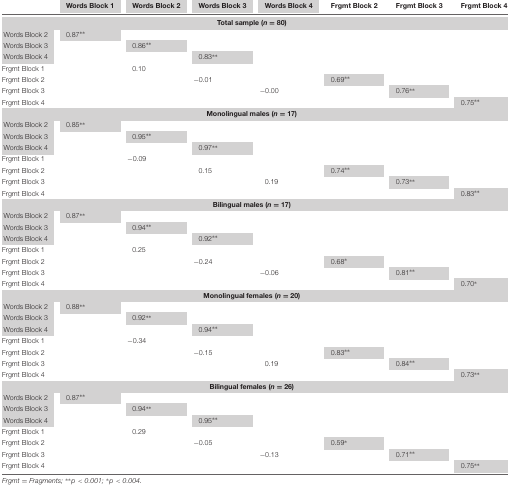
<table><thead><tr><td></td><td><b>Words Block 1</b></td><td><b>Words Block 2</b></td><td><b>Words Block 3</b></td><td><b>Words Block 4</b></td><td><b>Frgmt Block 2</b></td><td><b>Frgmt Block 3</b></td><td><b>Frgmt Block 4</b></td></tr></thead><tbody><tr><td></td><td></td><td></td><td><b><b>Total sample (<i>n</i> = 80)</b></b></td><td></td><td></td><td></td><td></td></tr><tr><td>Words Block 2</td><td>0.87**</td><td></td><td></td><td></td><td></td><td></td><td></td></tr><tr><td>Words Block 3</td><td></td><td>0.86**</td><td></td><td></td><td></td><td></td><td></td></tr><tr><td>Words Block 4</td><td></td><td></td><td>0.83**</td><td></td><td></td><td></td><td></td></tr><tr><td>Frgmt Block 1</td><td></td><td>0.10</td><td></td><td></td><td></td><td></td><td></td></tr><tr><td>Frgmt Block 2</td><td></td><td></td><td>-0.01</td><td></td><td>0.69**</td><td></td><td></td></tr><tr><td>Frgmt Block 3</td><td></td><td></td><td></td><td>-0.00</td><td></td><td>0.76**</td><td></td></tr><tr><td>Frgmt Block 4</td><td></td><td></td><td></td><td></td><td></td><td></td><td>0.75**</td></tr><tr><td></td><td></td><td></td><td><b><b>Monolingual males (<i>n</i> = 17)</b></b></td><td></td><td></td><td></td><td></td></tr><tr><td>Words Block 2</td><td>0.85**</td><td></td><td></td><td></td><td></td><td></td><td></td></tr><tr><td>Words Block 3</td><td></td><td>0.95**</td><td></td><td></td><td></td><td></td><td></td></tr><tr><td>Words Block 4</td><td></td><td></td><td>0.97**</td><td></td><td></td><td></td><td></td></tr><tr><td>Frgmt Block 1</td><td></td><td>-0.09</td><td></td><td></td><td></td><td></td><td></td></tr><tr><td>Frgmt Block 2</td><td></td><td></td><td>0.15</td><td></td><td>0.74**</td><td></td><td></td></tr><tr><td>Frgmt Block 3</td><td></td><td></td><td></td><td>0.19</td><td></td><td>0.73**</td><td></td></tr><tr><td>Frgmt Block 4</td><td></td><td></td><td></td><td></td><td></td><td></td><td>0.83**</td></tr><tr><td></td><td></td><td></td><td><b><b>Bilingual males (<i>n</i> = 17)</b></b></td><td></td><td></td><td></td><td></td></tr><tr><td>Words Block 2</td><td>0.87**</td><td></td><td></td><td></td><td></td><td></td><td></td></tr><tr><td>Words Block 3</td><td></td><td>0.94**</td><td></td><td></td><td></td><td></td><td></td></tr><tr><td>Words Block 4</td><td></td><td></td><td>0.92**</td><td></td><td></td><td></td><td></td></tr><tr><td>Frgmt Block 1</td><td></td><td>0.25</td><td></td><td></td><td></td><td></td><td></td></tr><tr><td>Frgmt Block 2</td><td></td><td></td><td>-0.24</td><td></td><td>0.68*</td><td></td><td></td></tr><tr><td>Frgmt Block 3</td><td></td><td></td><td></td><td>-0.06</td><td></td><td>0.81**</td><td></td></tr><tr><td>Frgmt Block 4</td><td></td><td></td><td></td><td></td><td></td><td></td><td>0.70*</td></tr><tr><td></td><td></td><td></td><td><b><b>Monolingual females (<i>n</i> = 20)</b></b></td><td></td><td></td><td></td><td></td></tr><tr><td>Words Block 2</td><td>0.88**</td><td></td><td></td><td></td><td></td><td></td><td></td></tr><tr><td>Words Block 3</td><td></td><td>0.92**</td><td></td><td></td><td></td><td></td><td></td></tr><tr><td>Words Block 4</td><td></td><td></td><td>0.94**</td><td></td><td></td><td></td><td></td></tr><tr><td>Frgmt Block 1</td><td></td><td>-0.34</td><td></td><td></td><td></td><td></td><td></td></tr><tr><td>Frgmt Block 2</td><td></td><td></td><td>-0.15</td><td></td><td>0.83**</td><td></td><td></td></tr><tr><td>Frgmt Block 3</td><td></td><td></td><td></td><td>0.19</td><td></td><td>0.84**</td><td></td></tr><tr><td>Frgmt Block 4</td><td></td><td></td><td></td><td></td><td></td><td></td><td>0.73**</td></tr><tr><td></td><td></td><td></td><td><b><b>Bilingual females (<i>n</i> = 26)</b></b></td><td></td><td></td><td></td><td></td></tr><tr><td>Words Block 2</td><td>0.87**</td><td></td><td></td><td></td><td></td><td></td><td></td></tr><tr><td>Words Block 3</td><td></td><td>0.94**</td><td></td><td></td><td></td><td></td><td></td></tr><tr><td>Words Block 4</td><td></td><td></td><td>0.95**</td><td></td><td></td><td></td><td></td></tr><tr><td>Frgmt Block 1</td><td></td><td>0.29</td><td></td><td></td><td></td><td></td><td></td></tr><tr><td>Frgmt Block 2</td><td></td><td></td><td>-0.05</td><td></td><td>0.59*</td><td></td><td></td></tr><tr><td>Frgmt Block 3</td><td></td><td></td><td></td><td>-0.13</td><td></td><td>0.71**</td><td></td></tr><tr><td>Frgmt Block 4</td><td></td><td></td><td></td><td></td><td></td><td></td><td>0.75**</td></tr></tbody></table>